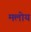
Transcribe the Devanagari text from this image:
मलोय